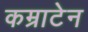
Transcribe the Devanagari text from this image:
कम्राटेन